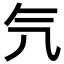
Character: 氕